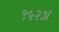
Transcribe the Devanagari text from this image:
९५२अ